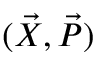
( \vec { X } , \vec { P } )